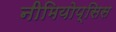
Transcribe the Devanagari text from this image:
नीमियोप्सिस